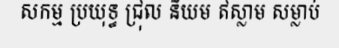
សកម្ម ប្រយុទ្ធ ជ្រុល និយម ឥស្លាម សម្លាប់